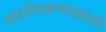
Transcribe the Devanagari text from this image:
मांडलिकत्वाखाली